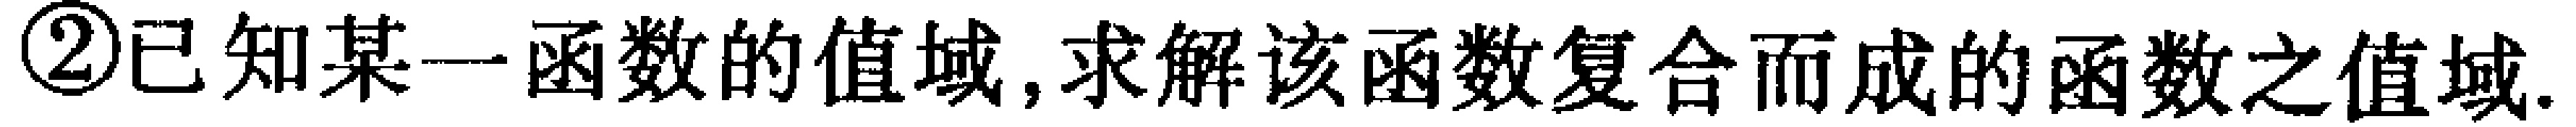
\textcircled{2}已知某一函数的值域,求解该函数复合而成的函数之值域.